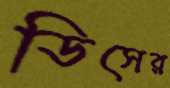
ডিসের